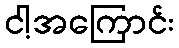
ငါ့အကြောင်း